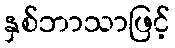
နှစ်ဘာသာဖြင့်